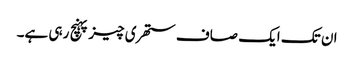
ان تک ایک صاف ستھری چیز پہنچ رہی ہے۔